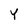
Character: Y